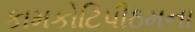
કામકોટિપીઠમના